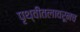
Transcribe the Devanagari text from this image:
पृथ्वीतलावरूनच